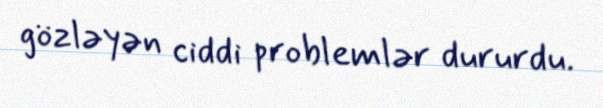
gözləyən ciddi problemlər dururdu.